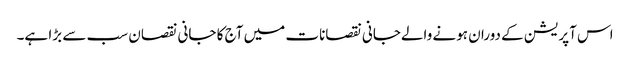
اس آپریشن کے دوران ہونے والےجانی نقصانات میں آج کا جانی نقصان سب سے بڑا ہے۔